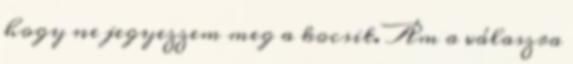
hogy ne jegyezzem meg a kocsit. Ám a válaszra